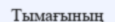
Тымағының